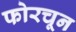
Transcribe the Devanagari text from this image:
फोरचून